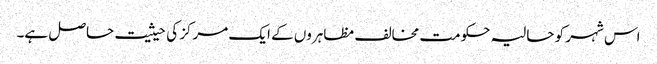
اس شہر کو حالیہ حکومت مخالف مظاہروں کے ایک مرکز کی حیثیت حاصل ہے۔